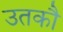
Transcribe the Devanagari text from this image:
उतकौ